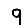
Digit: 9